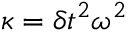
\kappa = \delta t ^ { 2 } \omega ^ { 2 }